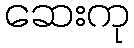
ဆေးကု